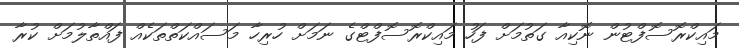
މައިކްރޮސޮފްޓުން ނޮކިއާ ގަތުމަށް ފަހު މައިކްރޮސޮފްޓްގެ ނަމަށް ހުރިހާ މަސައްކަތްތަކެއް ފައްތާލުމަށް ކުރާ